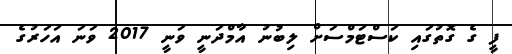
ފީ ގެ ގޮތުގައި ކަސްޓަމްސަށް ލިބުނު އާމްދަނީ ވަނީ 2017 ވަނަ އަހަރުގެ